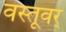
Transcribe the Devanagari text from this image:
वस्तूवर्